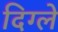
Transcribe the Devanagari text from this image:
दिग्ले